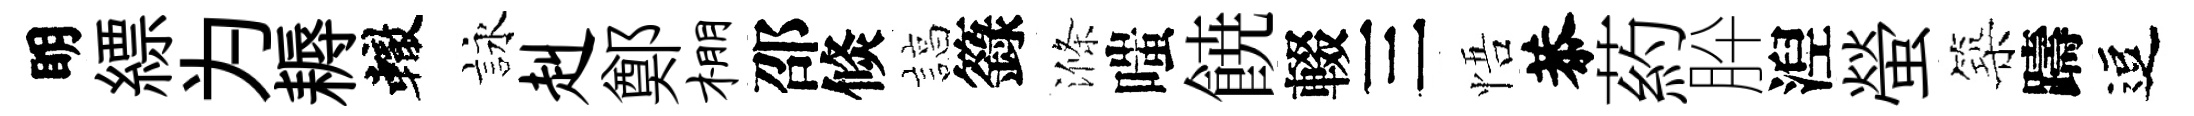
眀縹为耨轍詠赳鄭棚邵倐諄籙滌嗤𩜙輟三悟恭葯肸湼螢築躊逗